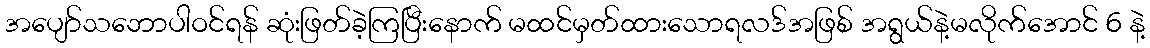
အပျော်သဘောပါဝင်ရန် ဆုံးဖြတ်ခဲ့ကြပြီးနောက် မထင်မှတ်ထားသောရလဒ်အဖြစ် အရွယ်နဲ့မလိုက်အောင် 6 နဲ့